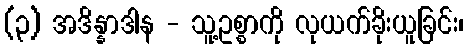
(၃) အဒိန္နာဒါန - သူ့ဥစ္စာကို လုယက်ခိုးယူခြင်း၊